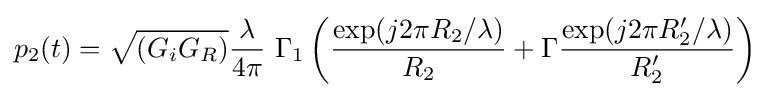
p_{2}(t)={\sqrt {(G_{i}G_{R})}}{\frac {\lambda }{4\pi }}~\Gamma _{1}\left({\frac {\exp(j2\pi R_{2}/\lambda )}{R_{2}}}+\Gamma {\frac {\exp(j2\pi R_{2}'/\lambda )}{R_{2}'}}\right)